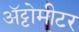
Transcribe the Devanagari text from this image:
अॅट्टोमीटर